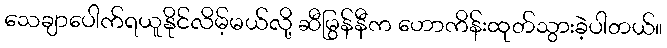
သေချာပေါက်ရယူနိုင်လိမ့်မယ်လို့ ဆီမြွန်နီက ဟောကိန်းထုတ်သွားခဲ့ပါတယ်။